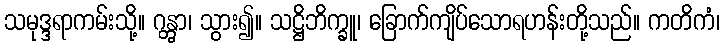
သမုဒ္ဒရာကမ်းသို့။ ဂန္တွာ၊ သွား၍။ သဋ္ဌိဘိက္ခူ၊ ခြောက်ကျိပ်သောရဟန်းတို့သည်။ ကတိကံ၊